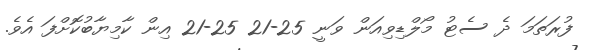
ފުރަތަމަ ދެ ސެޓު މޯލްޑިވިއަން ވަނީ 25-21 25-21 އިން ކާމިޔާބުކޮށްފަ އެވެ.